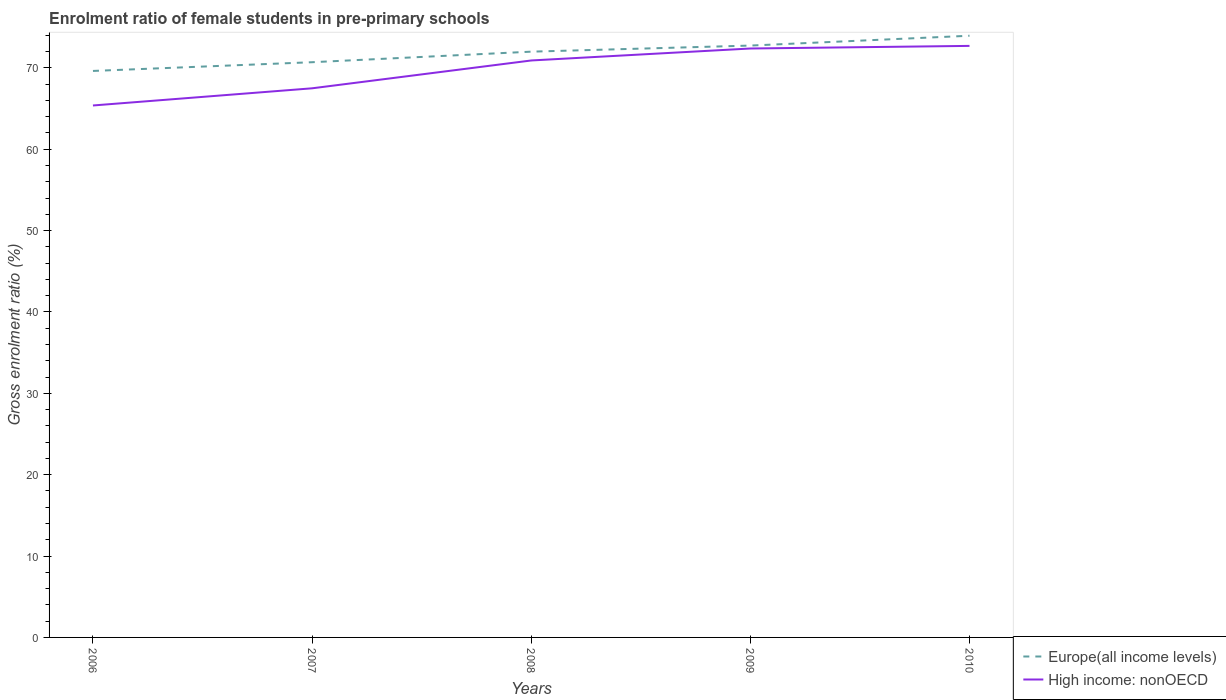
| Years | Europe(all income levels) | High income: nonOECD |
 | --- | --- | --- |
 | 2006 | 69.6 | 65.4 |
 | 2007 | 70.7 | 67.5 |
 | 2008 | 72 | 70.9 |
 | 2009 | 72.7 | 72.4 |
 | 2010 | 73.9 | 72.7 |